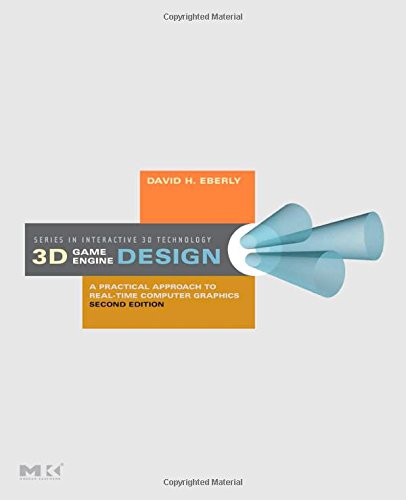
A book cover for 3D Game Engine Design: A Practical Approach to Real-Time Computer Graphics (Morgan Kaufmann Series in Interactive 3D Technology); David H. Eberly; Computers & Technology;